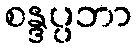
စန္ဒပ္ပဘာ